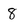
Character: 8